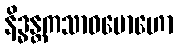
နိဒ္ဓန္တကသာဝမောဟော